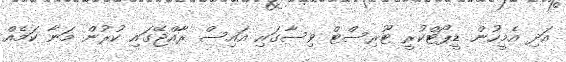
އަދި އެމީހުން ޑީޕޯޓްކުރީ ޓޫރިސްޓް ވިސާގައި އައިސް ރާއްޖޭގައި ކުރުން މަނާ ކަމެއް